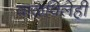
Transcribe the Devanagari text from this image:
वाळविलेही